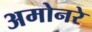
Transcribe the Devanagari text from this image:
अमोनरे